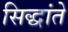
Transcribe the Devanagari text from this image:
सिद्धांते